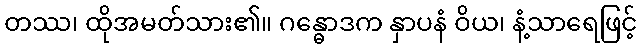
တဿ၊ ထိုအမတ်သား၏။ ဂန္ဓောဒက နှာပနံ ဝိယ၊ နံ့သာရေဖြင့်